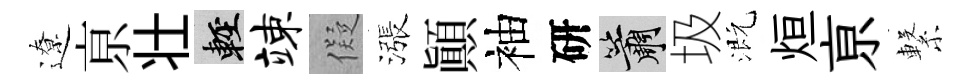
遼亰壮輕竦儗漲顚袖研簫圾溉烜亰繋